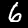
Digit: 6